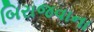
બિરાજવાના